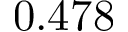
0 . 4 7 8